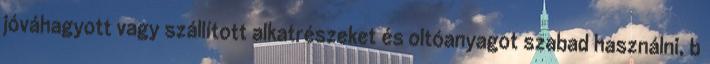
jóváhagyott vagy szállított alkatrészeket és oltóanyagot szabad használni, b